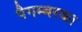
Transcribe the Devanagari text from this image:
पैगम्बरका